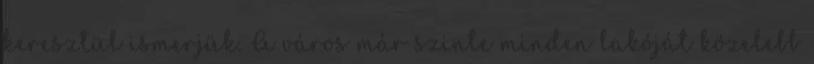
keresztül ismerjük. A város már szinte minden lakóját közelebb